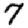
Digit: 7